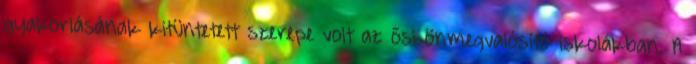
gyakorlásának kitüntetett szerepe volt az ősi önmegvalósító iskolákban. A